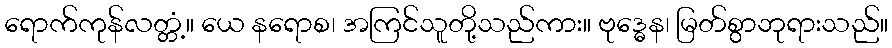
ရောက်ကုန်လတ္တံ့။ ယေ နရောစ၊ အကြင်သူတို့သည်ကား။ ဗုဒ္ဓေန၊ မြတ်စွာဘုရားသည်။